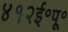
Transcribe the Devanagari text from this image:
४१२ई॰पू॰